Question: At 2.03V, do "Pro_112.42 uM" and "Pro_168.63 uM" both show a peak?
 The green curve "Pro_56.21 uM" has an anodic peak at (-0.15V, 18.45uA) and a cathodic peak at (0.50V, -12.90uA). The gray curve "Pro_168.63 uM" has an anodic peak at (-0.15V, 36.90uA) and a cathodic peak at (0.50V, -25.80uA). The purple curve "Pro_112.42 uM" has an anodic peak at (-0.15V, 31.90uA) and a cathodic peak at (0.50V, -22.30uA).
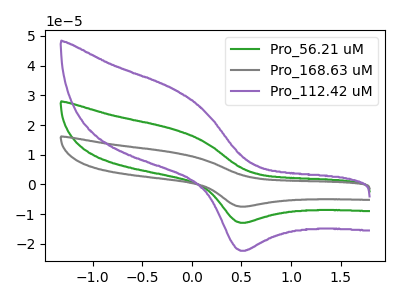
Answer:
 <answer>No, "Pro_112.42 uM" and "Pro_168.63 uM" dont share a peak at 2.03V.</answer>
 <eval>mismatch</eval>